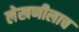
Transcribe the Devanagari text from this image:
लेखणीलाच